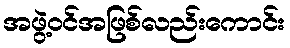
အဖွဲ့ဝင်အဖြစ်လည်းကောင်း